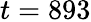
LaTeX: t=893